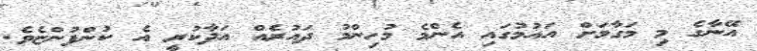
އޭނާގެ މި މަގާމަށް އައުމުގައި އެންމެ މުހިންމު ދައުރެއް އަދާކުރީ އެ ކުންފުންޏެވެ.